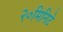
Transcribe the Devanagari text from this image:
२०मिनिटे